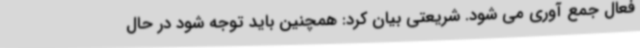
فعال جمع آوری می شود. شریعتی بیان کرد: همچنین باید توجه شود در حال